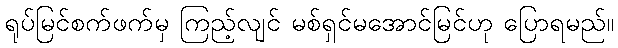
ရုပ်မြင်စက်ဖက်မှ ကြည့်လျင် မစ်ရှင်မအောင်မြင်ဟု ပြောရမည်။